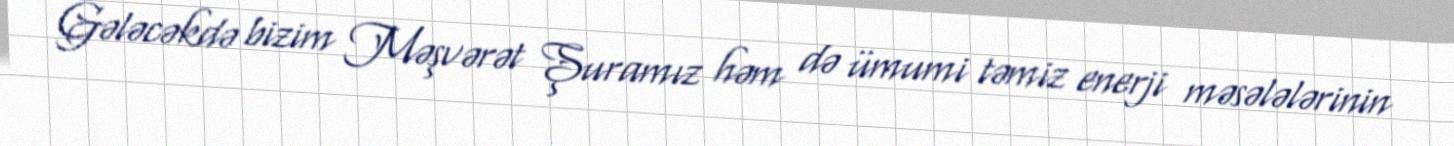
Gələcəkdə bizim Məşvərət Şuramız həm də ümumi təmiz enerji məsələlərinin